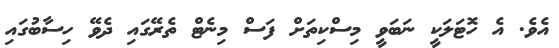
އެވެ. އެ ހޮޓަލަކީ ނަބަވީ މިސްކިތަށް ފަސް މިނެޓް ތެރޭގައި ދެވޭ ހިސާބުގައި